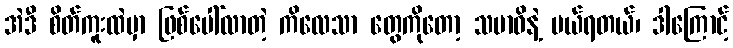
အဲဒီ စိတ်ကူးထဲမှာ ဖြစ်ပေါ်လာတဲ့ ကိလေသာ တွေကိုတော့ သမာဓိနဲ့ ပယ်ရတယ်၊ ဒါကြောင့်